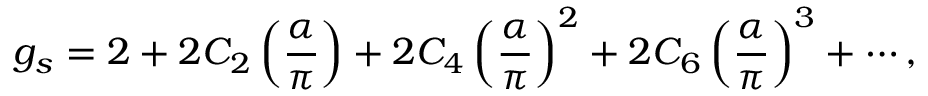
g _ { s } = 2 + 2 C _ { 2 } \left( \frac { \alpha } { \pi } \right) + 2 C _ { 4 } \left( \frac { \alpha } { \pi } \right) ^ { 2 } + 2 C _ { 6 } \left( \frac { \alpha } { \pi } \right) ^ { 3 } + \cdots ,